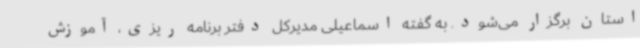
استان برگزار می‌شود. به گفته اسماعیلی مدیرکل دفتر برنامه ریزی، آموزش